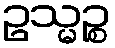
ဥသ္မဉ္စ